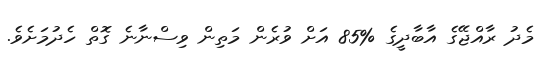
މެދު ރާއްޖޭގެ އާބާދީގެ %85 އަށް ވުރެން މަތިން ވިސްނާނެ ގޮތް ހެދުމަށެވެ.